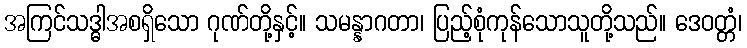
အကြင်သဒ္ဓါအစရှိသော ဂုဏ်တို့နှင့်။ သမန္နာဂတာ၊ ပြည့်စုံကုန်သောသူတို့သည်။ ဒေဝတ္တံ၊